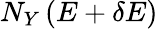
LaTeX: N_{Y}\left(E+\delta E\right)